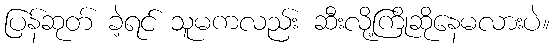
ပြန်ဆုတ် ခဲ့ရင် သူမကလည်း ဆီးလို့ကြိုဆိုနေမလားပဲ။